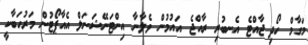
މަގާމް ހޯދި ޖާއްޓެ އެނބުރި ރާއްޖެ އައުމުން ވެލާނާ އިންޓަނޭޝަނަލް އެއާޕޯޓުން މަރުހަބާކީ